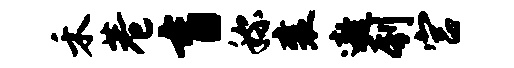
禾巷盲称襄遨刳宫